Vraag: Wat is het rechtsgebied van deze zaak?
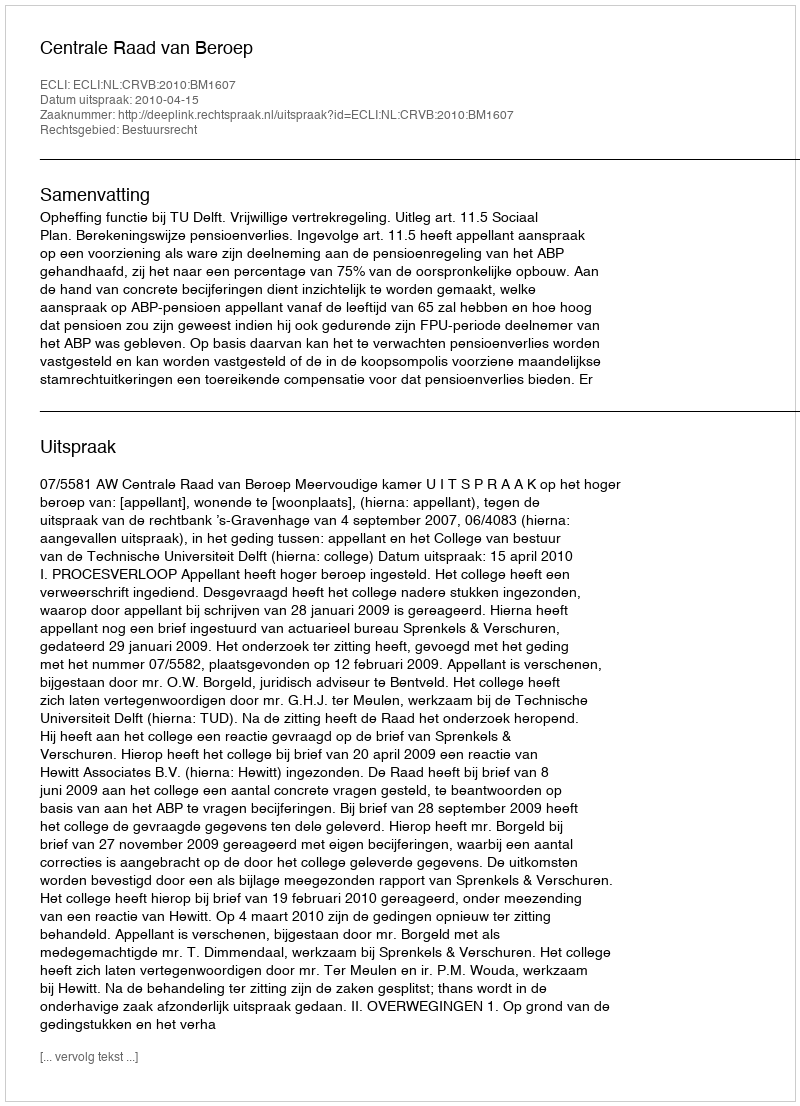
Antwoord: Bestuursrecht